King Institute of Preventive Medicine Bacteriolog. Section reports 1907-08
Year: 1907
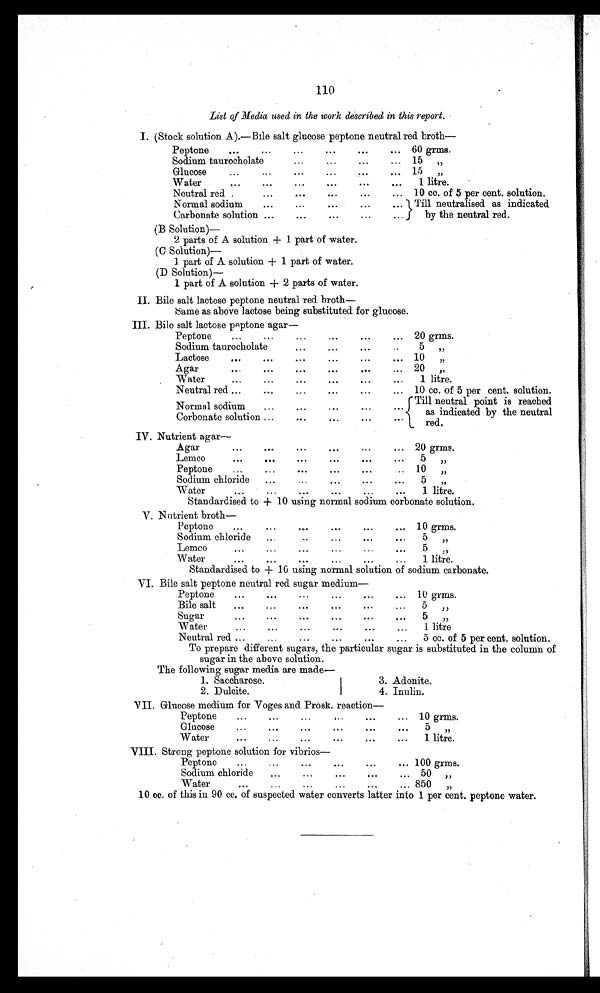
110
List of Media used in the work described in this report.
I. (Stock solution A).—Bile salt glucose peptone neutral red broth—
Peptone
...
...
...
...
...
... 60 grms.
Sodium taurocholate ...
...
...
... 15 ,,
Glucose
...
...
...
...
...
. . . 15 ,,
Water
...
...
...
...
...
...
1 litre.
Neutral red
...
. . .
...
...
... 10 cc. of 5 per cent. solution.
Normal sodium
...
...
...
...
... Till neutralised as indicated
by the neutral red.
Carbonate solution ...
. . .
...
...
...
(B Solution) —
2 parts of A solution + 1 part of water.
(C Solution)—
1 part of A solution + 1 part of water.
(D Solution) —
1 part of A solution + 2 parts of water.
II. Bile salt lactose peptone neutral red broth—
Same as above lactose being substituted for glucose.
III. Bile salt lactose peptone agar—
Peptone
...
...
...
...
. . .
... 20 grms.
Sodium taurocholate
...
...
. . .
..
5 ,,
Lactose
...
. . .
...
...
... 10 ,,
Agar
...
. . .
...
. . .
... 20 ,,
Water
...
...
...
. . .
. . .
...
1 litre.
Neutral red ...
...
...
...
...
... 10 cc. of 5 per cent. solution.
Normal sodium
...
...
...
... ... Till neutral point is reached
as indicated by the neutral
red.
Corbonate solution ...
...
. . .
. . . ...
IV. Nutrient agar—
Agar
... ... ... ...
...
20 grms.
Lemco
...
. . .
. . .
. . .
. . .
5 ,,
Peptone
...
...
...
. . .
. . .
10 ,,
Sodium chloride ...
...
...
. . .
5 ,,
Water
... ... ... ...
1 litre._
Standardised to + 10 using normal sodium corbonate solution.
V. Nutrient broth—
Peptone
...
...
...
...
...
... 10 grms.
Sodium chloride
. . .
...
...
...
. . . .
5 ,,
Lemco
...
...
. . .
...
...
. . .
5 ,,
Water
...
. . . ...
. . .
...
1 litre.
Standardised to + 10 using normal solution of sodium carbonate.
VI. Bile salt peptone neutral red sugar medium—
Peptone
...
. . .
...
...
. . .
... 10 grms.
Bile salt
...
...
. . .
...
. . .
...
5 ,,
Sugar
...
...
. . . ...
...
...
5 ,,
Water
...
...
. . . ...
. . .
...
1 litre
Neutral red ..
... ...
...
...
...
5 cc. of 5 per cent. solution.
To prepare different sugars, the particular sugar is substituted in the column of
sugar in the above solution.
The following sugar media are made
—
1.Saccharose.
2.Dulcite.
3.
3. Adonite.
4.Inulin.
VII. Glucose medium for Voges and Prosk. reaction—
Peptone
...
...
...
...
...
... 10 grms.
Glucose
...
...
...
... ...
... 5 ,,
Water
. . .
...
. . .
... ...
...
1 litre.
VIII. Strong peptone solution for vibrios—
P e p t o n e . . .
...
...
. . .
. . .
... 100 grms.
Sodium chlorid
...
...
...
...
... 50
,,
Water
...
...
...
...
...
... 850 ,,
10 cc. of this in 90 cc. of suspected water converts latter into 1 per cent. peptone water.